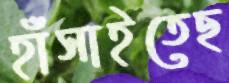
হাঁসাইতেছ